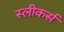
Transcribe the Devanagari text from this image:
स्लीकर्स